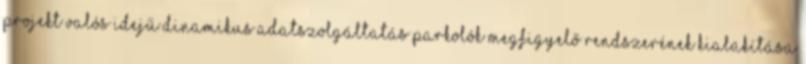
projekt Valós idejű dinamikus adatszolgáltatás Parkolók megfigyelő rendszerének kialakítása